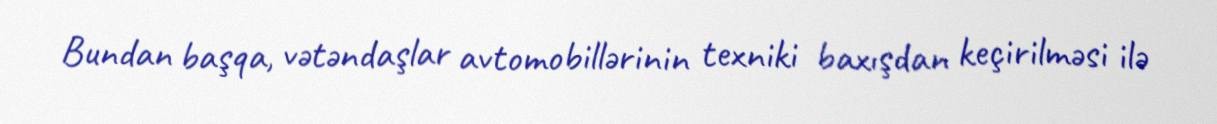
Bundan başqa, vətəndaşlar avtomobillərinin texniki baxışdan keçirilməsi ilə